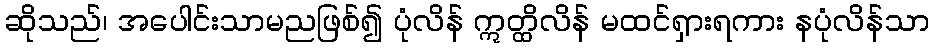
ဆိုသည်၊ အပေါင်းသာမညဖြစ်၍ ပုံလိန် ဣတ္ထိလိန် မထင်ရှားရကား နပုံလိန်သာ